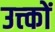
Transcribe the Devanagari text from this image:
उत्त्कों